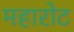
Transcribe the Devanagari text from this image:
महारोट